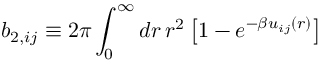
b _ { 2 , i j } \equiv 2 \pi \int _ { 0 } ^ { \infty } d r \, r ^ { 2 } \left[ 1 - e ^ { - \beta u _ { i j } ( r ) } \right]